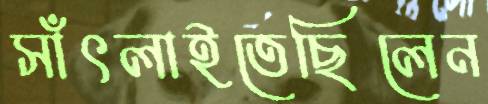
সাঁৎলাইতেছিলেন